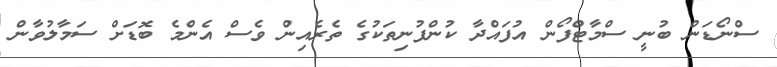
ސްނޯޑަން ބުނީ ސްމާޓްފޯން އުފައްދާ ކުންފުނިތަކުގެ ތެރެއިން ވެސް އެންމެ ބޮޑަށް ސަމާލުވާން